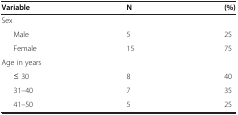
<table><thead><tr><td><b>Variable</b></td><td><b>N</b></td><td><b>(%)</b></td></tr></thead><tbody><tr><td colspan="3">Sex</td></tr><tr><td>Male</td><td>5</td><td>25</td></tr><tr><td>Female</td><td>15</td><td>75</td></tr><tr><td colspan="3">Age in years</td></tr><tr><td>≤ 30</td><td>8</td><td>40</td></tr><tr><td>31–40</td><td>7</td><td>35</td></tr><tr><td>41–50</td><td>5</td><td>25</td></tr></tbody></table>